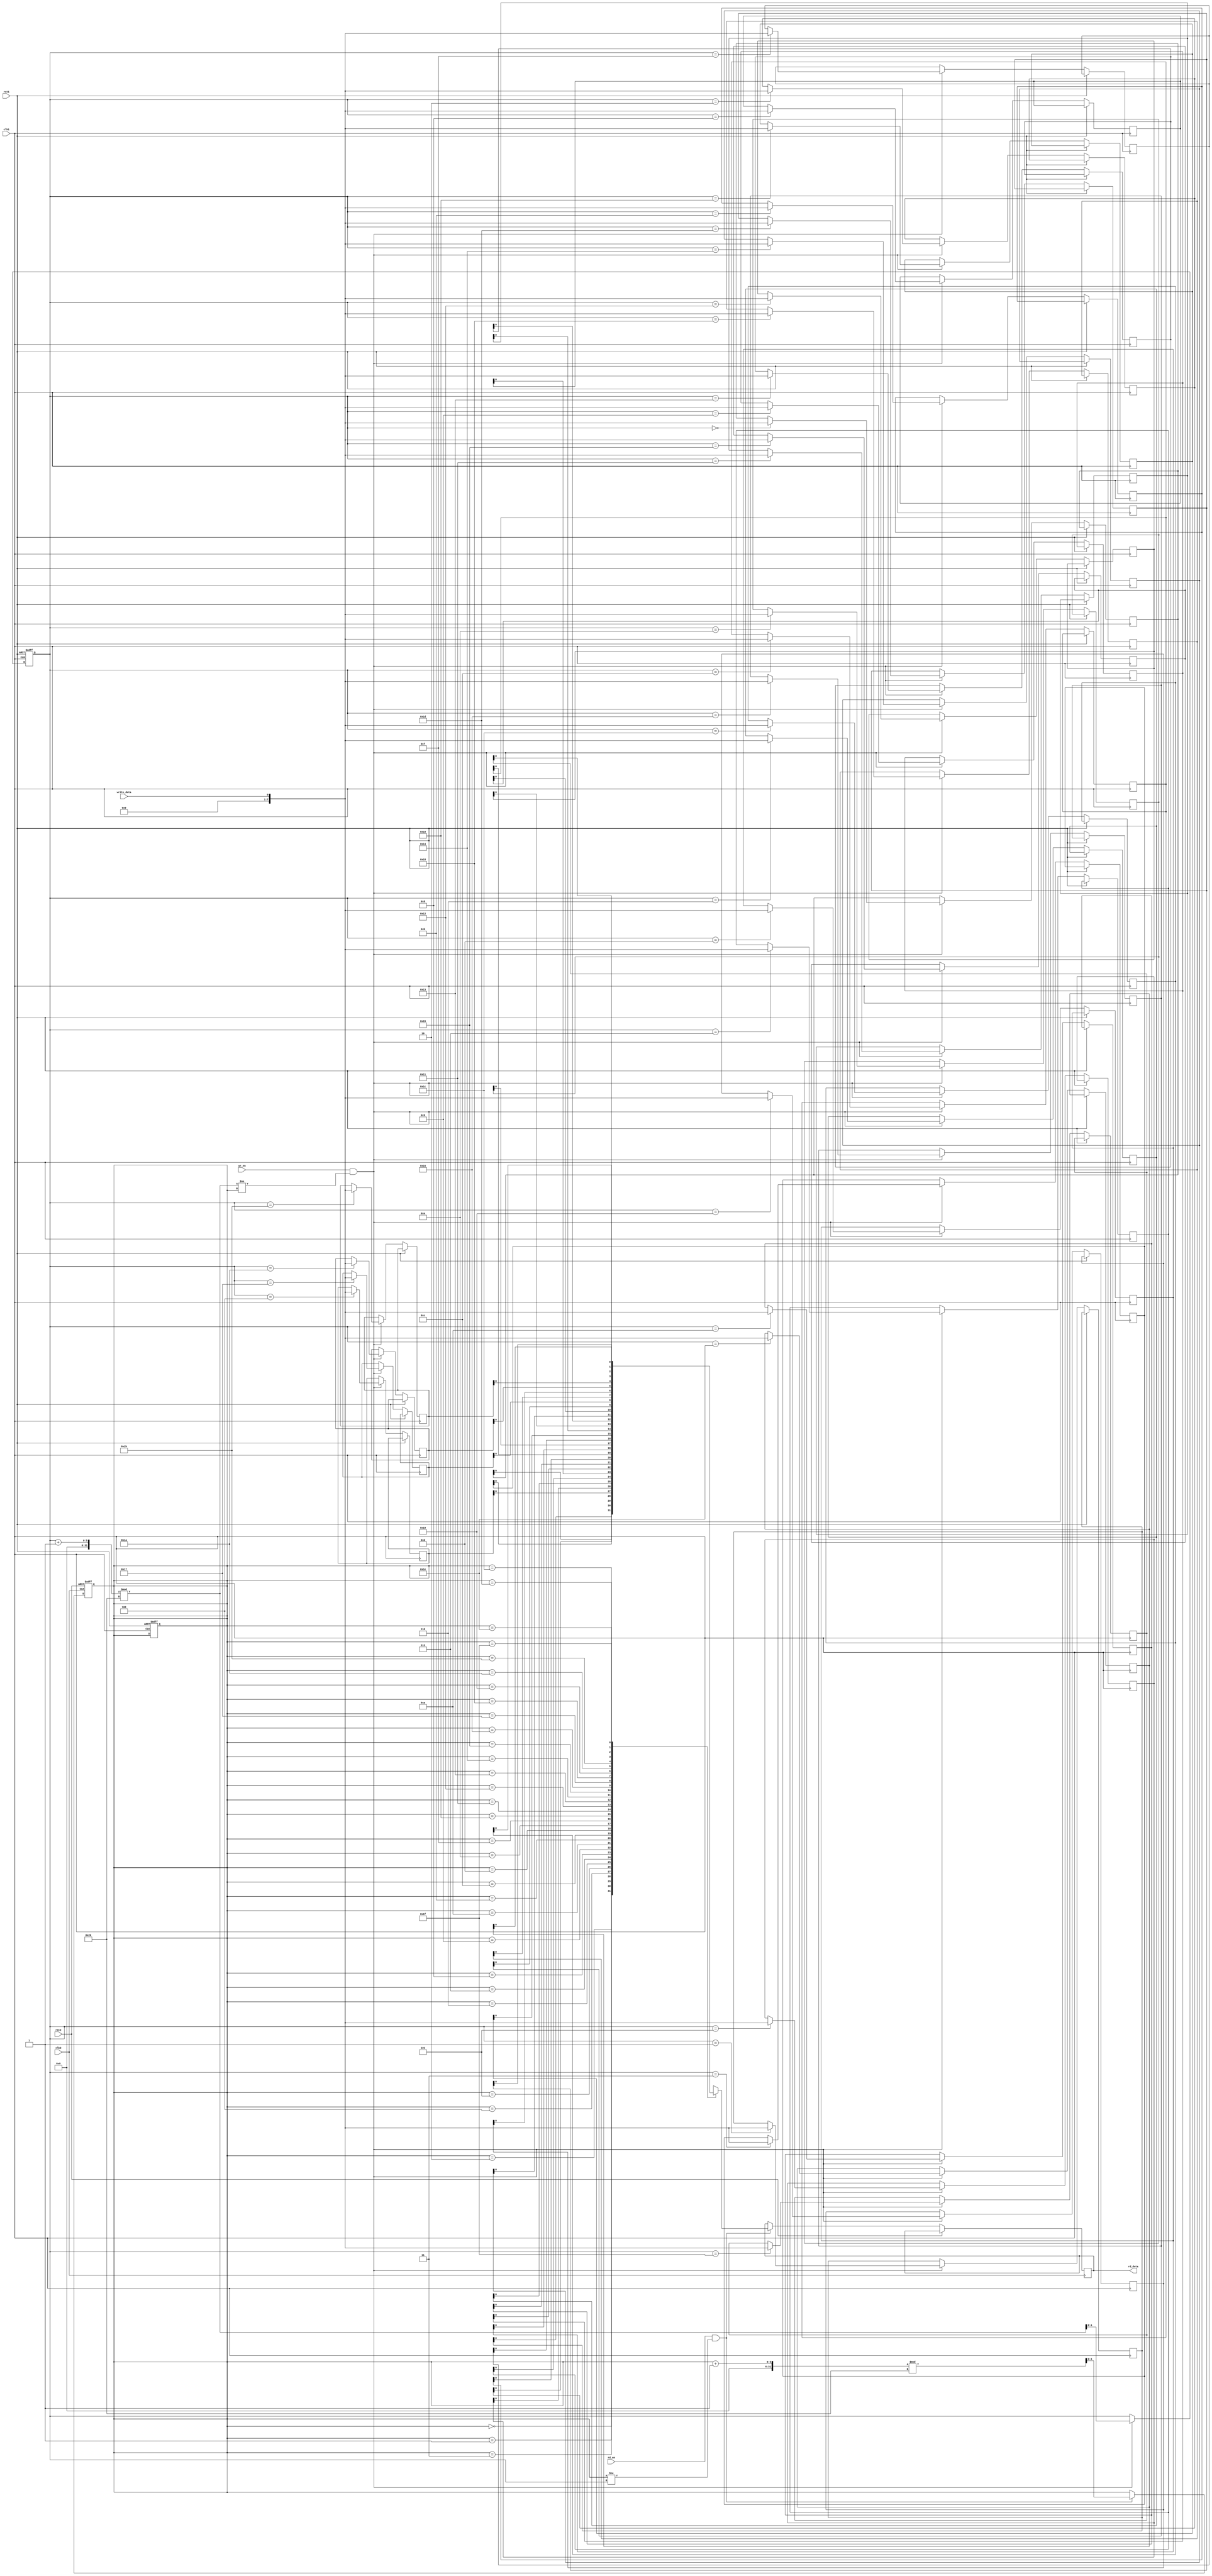
module asynchronous_fifo (
  input wire clk1,
  input wire rst1,
  input wire clk2,
  input wire rst2,
  input wire write_data,
  input wire wr_en,
  output wire rd_data,
  input wire rd_en
);

// Write control module
reg [7:0] fifo_mem [0:31];
reg [4:0] wr_ptr = 0;
reg [4:0] rd_ptr = 0;

always @(posedge clk1 or posedge rst1)
begin
  if (rst1) begin
    wr_ptr <= 0;
    rd_ptr <= 0;
  end
  else begin
    if (wr_en && ((wr_ptr + 1) % 32 != rd_ptr)) begin
      fifo_mem[wr_ptr] <= write_data;
      wr_ptr <= (wr_ptr + 1) % 32;
    end
  end
end

// Read control module
always @(posedge clk2 or posedge rst2)
begin
  if (rst2) begin
    rd_ptr <= 0;
  end
  else begin
    if (rd_en && (rd_ptr != wr_ptr)) begin
      rd_data <= fifo_mem[rd_ptr];
      rd_ptr <= (rd_ptr + 1) % 32;
    end
  end
end

endmodule